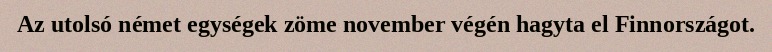
Az utolsó német egységek zöme november végén hagyta el Finnországot.